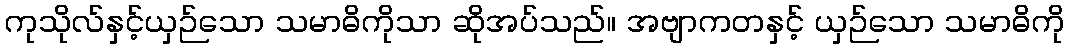
ကုသိုလ်နှင့်ယှဉ်သော သမာဓိကိုသာ ဆိုအပ်သည်။ အဗျာကတနှင့် ယှဉ်သော သမာဓိကို